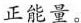
正能量。